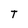
Character: T